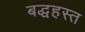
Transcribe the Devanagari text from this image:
बद्धहस्त